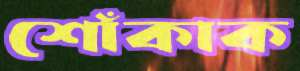
শোঁকাক